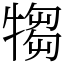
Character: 犓